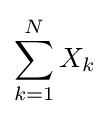
\sum _{k=1}^{N}X_{k}